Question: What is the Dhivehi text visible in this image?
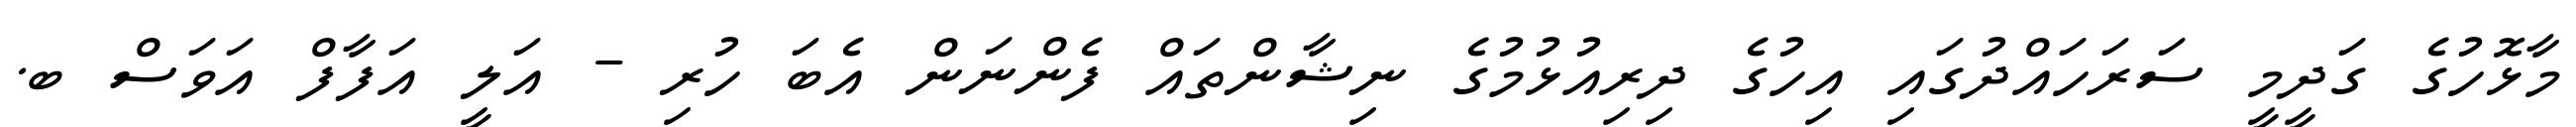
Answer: މާޅޮހުގެ ގަދީމީ ސަރަހައްދުގައި އިހުގެ ދިރިއުޅުމުގެ ނިޝާންތައް ފެންނަން އެބަ ހުރި - އަލީ އަފާފް އަވަސް ބ.